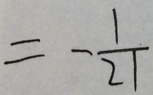
= - \frac { 1 } { 2 1 }